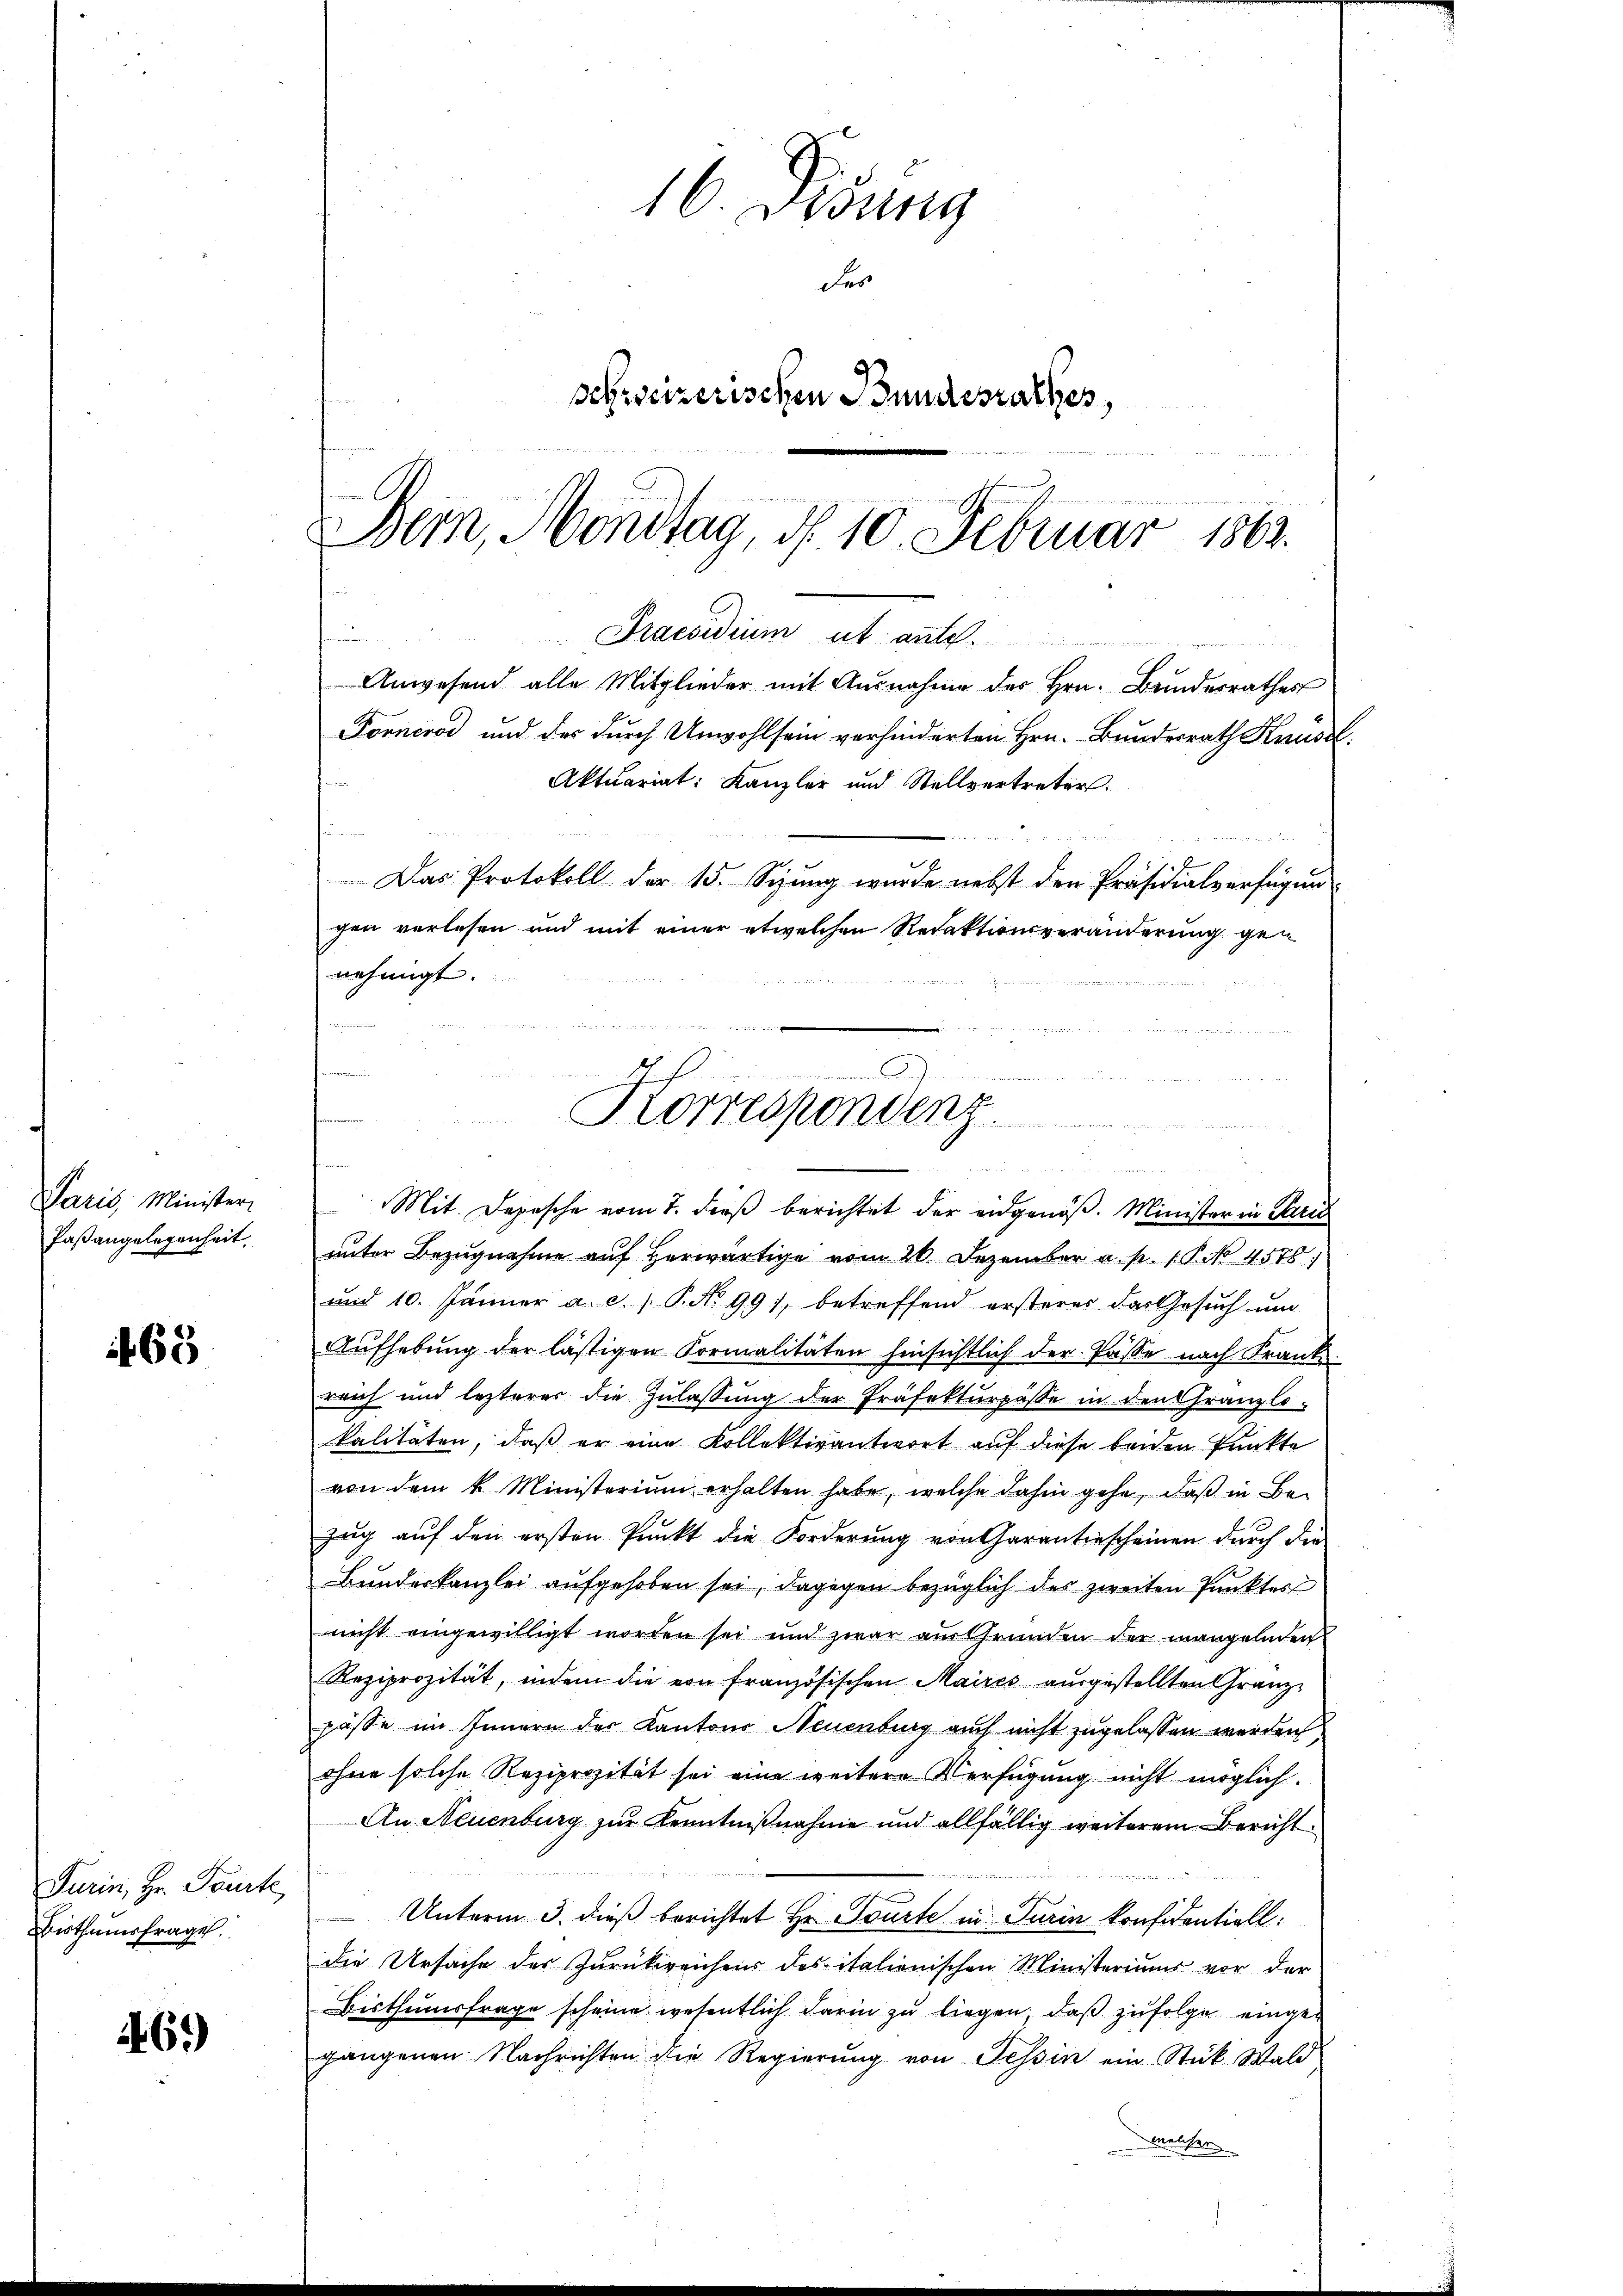
Paris, Minister
Paßangelegenheit.

168

Furin, Hr. Tourte,
Bisthumsfrage.

461)

16. Disung
des
schreizerischen Bundesrathes,
u
Bern, Mendtag, d. 10. Februar 1863.

.
Praesidium ut ante.
Anwesend alle Mitglieder mit Ausnahme des Hrn. Bundesrathes
Forneros und der durch Unwohl sein verhinderten Hrn. Bundesrath Knüsel
Aktuariat: Kanzler und Stellvertreter.
s

Das Protokoll der 15. Sizŭng wurde nebst den Präsidialverfügŭn
gen verlesen und mit einer etwelchen Redaktionsveränderung gen

unter Bezugnahme auf herwärtige vom 26. Dezember a. p. 1. P. No 4576)
und 10. Jänner a. c. s. P. No 991, betreffend ersteres das Gesŭch ŭm
Aŭfhebŭng der lästigen Formalitäten hinsichtlich der Pässe nach Krank.
reich und lezterer die Zulassung der Präfekturpässe in den Gränzli-
kalitäten, daß er eine Kollektivantwort auf diese beiden Punkte
von dem k. Ministerium erhalten habe, welche dahin gehe, daß in Be-
zug auf den ersten Punkt die Forderung von Garantiescheinen durch die
Bundeskanzlei aufgehoben sei, dagegen bezüglich des zweiten Punktes
nicht eingewilligt worden sei und zwar aus Gründen der mangelnden
Reziprozität, indem die von französischen Maires aŭsgestellten Granz-
pässe im Innern der Kantons Neuenburg auch nicht zugelassen werden
ohne solche Reziprozität sei eine weitere Verfügung nicht möglich.
An Neuenburg zur Kenntnißnahme und allfällig weiterem Bericht
Tieme in eine
Unterm 3. dieß berichtet Hr. Tourte in Turin konfidentiell:
die Ursache des Zurückreicher des italienischen Ministeriums vor der
Bisthumsfrage scheine wesentlich darin zu liegen, daß zufolge eingegangenen Nachrichten die Regierung von Tessin ein Stück Wald
welcher

nehmigt.

.
J
Korrespondenz.
Mit. Depesche vom 7. dieß berichtet der eidgenöß. Minister in Paris